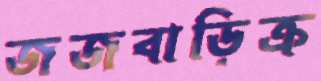
জজবাড়িক্র